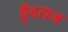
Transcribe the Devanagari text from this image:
हूँदराज